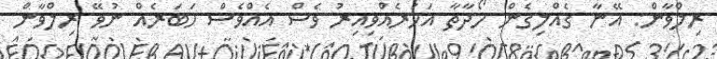
ރިލްވާން: އޭނާ ގެއްލިގެން ހޯދާތާ އަހަރެއްވިއިރު ވެސް އެއްވެސް ހަބަރެއް ނުވޭ ރިލްވާން